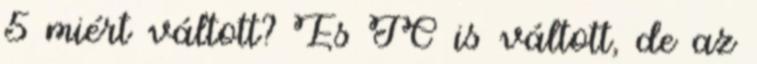
5 miért váltott? És JC is váltott, de az